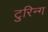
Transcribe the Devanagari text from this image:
टुरिन्ग